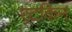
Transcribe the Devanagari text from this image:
एटकिन